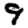
Digit: 9